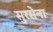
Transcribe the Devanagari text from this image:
सुरसेना